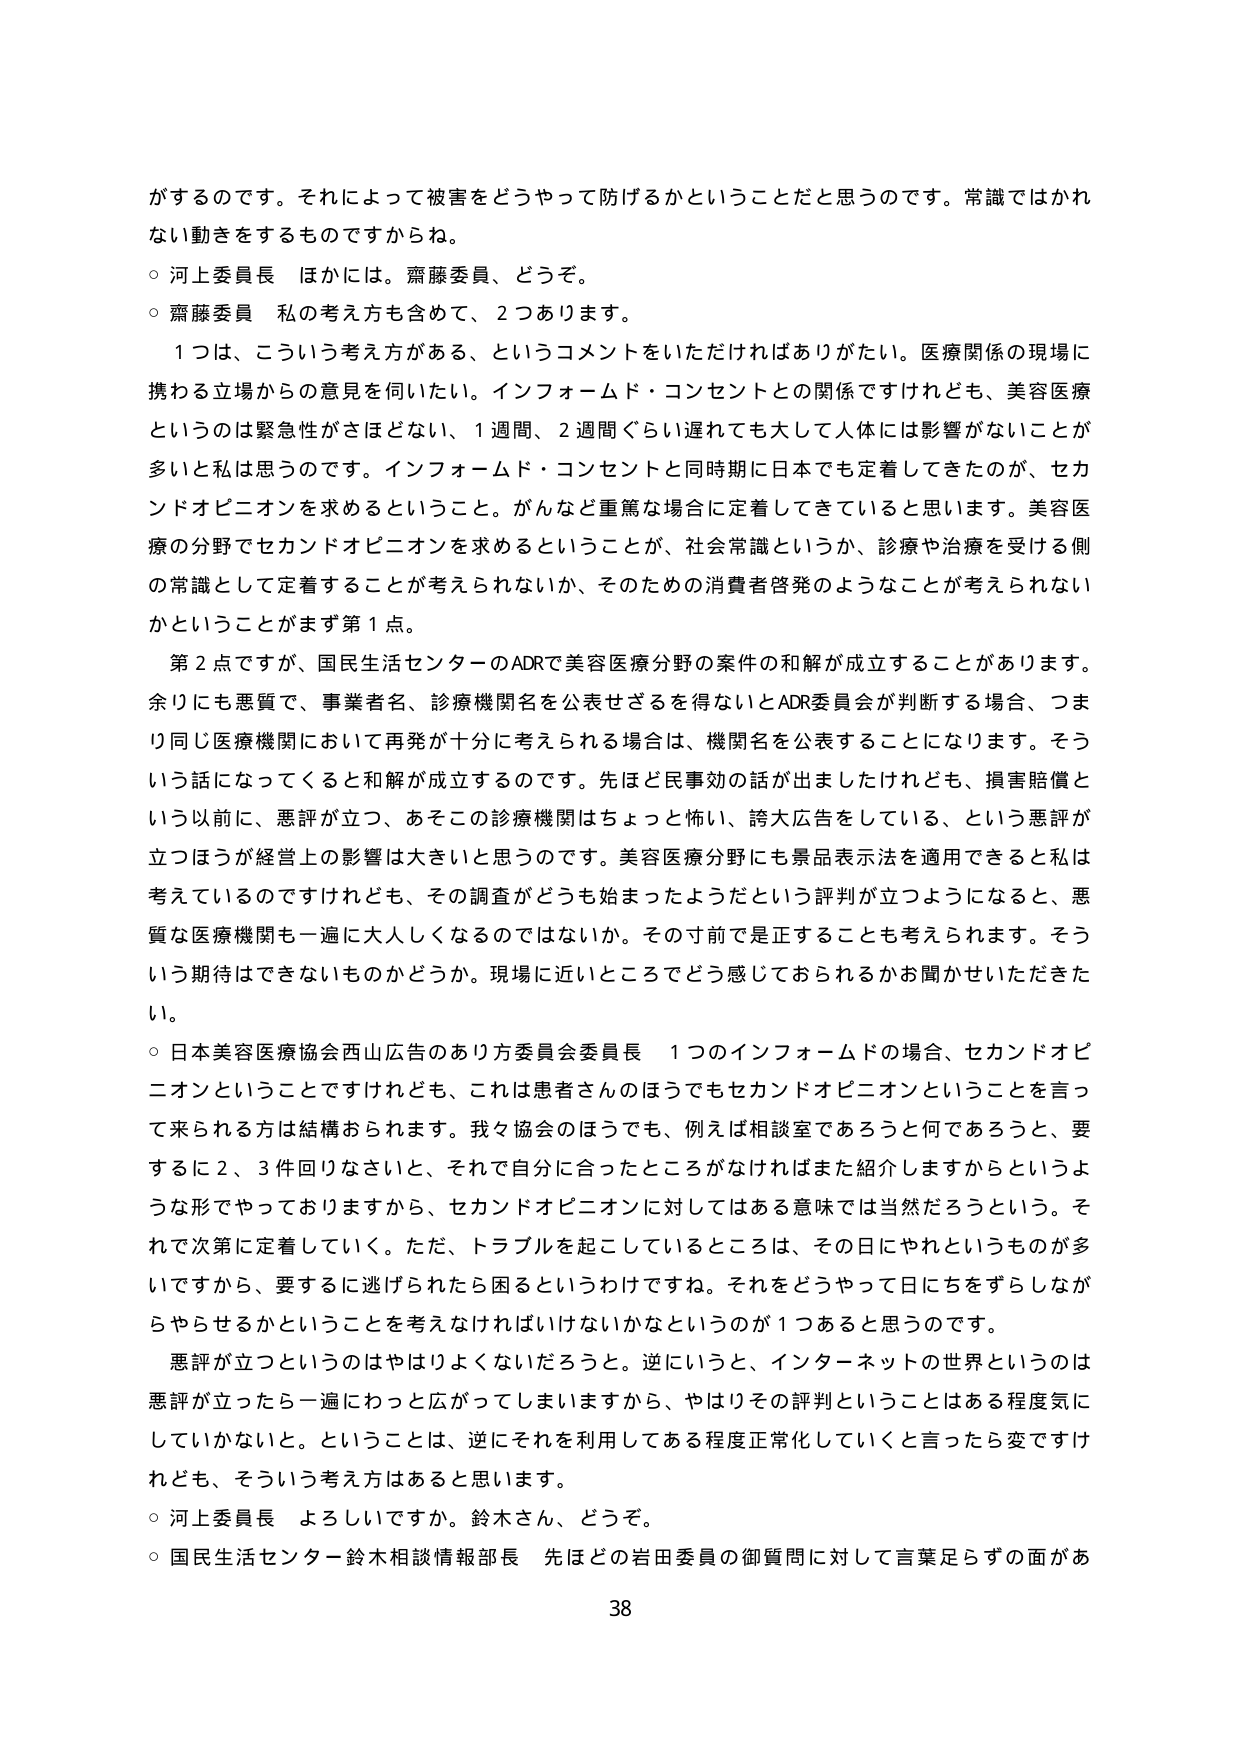
がするのです。それによって被害をどうやって防げるかということだと思うのです。常識ではかれない動きをするものですからね。

○ 河上委員長 ほかには。齋藤委員、どうぞ。

○ 齋藤委員 私の考え方も含めて、2つあります。

　1つは、こういう考え方がある、というコメントをいただければありがたい。医療関係の現場に携わる立場からの意見を伺いたい。インフォームド・コンセントとの関係ですけれども、美容医療というのは緊急性がさほどない、1週間、2週間ぐらい遅れても大して人体には影響がないことが多いと私は思うのです。インフォームド・コンセントと同時期に日本でも定着してきたのが、セカンドオピニオンを求めるということ。がんなど重篤な場合に定着してきていると思います。美容医療の分野でセカンドオピニオンを求めるということが、社会常識というか、診療や治療を受ける側の常識として定着することが考えられないか、そのための消費者啓発のようなことが考えられないかということがまず第1点。

　第2点ですが、国民生活センターのADRで美容医療分野の案件の和解が成立することがあります。余りにも悪質で、事業者名、診療機関名を公表せざるを得ないとADR委員会が判断する場合、つまり同じ医療機関において再発が十分に考えられる場合は、機関名を公表することになります。そういう話になってくると和解が成立するのです。先ほど民事効の話が出ましたけれども、損害賠償という以前に、悪評が立つ、あそこの診療機関はちょっと怖い、誇大広告をしている、という悪評が立つほうが経営上の影響は大きいと思うのです。美容医療分野にも景品表示法を適用できると私は考えているのですけれども、その調査がどうも始まったようだという評判が立つようになると、悪質な医療機関も一遍に大人しくなるのではないでしょうか。その寸前では正することも考えられます。そういう期待はできないものかどうか。現場に近いところでどう感じておられるかお聞かせいただきたい。

○ 日本美容医療協会西山広告のあり方委員会委員長 1つのインフォームドの場合、セカンドオピニオンということですけれども、これは患者さんのほうでもセカンドオピニオンということを言って来られる方は結構おられます。我々協会のほうでも、例えば相談室であろうと何であろうと、要するに2、3件回りなさいと、それで自分に合ったところがなければまた紹介しますからというような形でやっておりますから、セカンドオピニオンに対してはある意味では当然だろうという。それで次第に定着していく。ただ、トラブルを起こしているところは、その日にやれというものが多いため、要するに逃げられたら困るというわけですね。それをどうやって日にちをずらしながらやらせるかということを考えなければならないかなというのが1つあると思うのです。

　悪評が立つというのはやはりよくないだろうと。逆にいうと、インターネットの世界というのは悪評が立ったら一遍にわっと広がってしまいますから、やはりその評判ということはある程度気にしていかないと。ということは、逆にそれを利用してある程度正常化していくと言ったら変ですけれども、そういう考え方はあると思います。

○ 河上委員長 よろしいですか。鈴木さん、どうぞ。

○ 国民生活センター鈴木相談情報部長 先ほどの岩田委員の御質問に対して言葉足らずの面があ

38